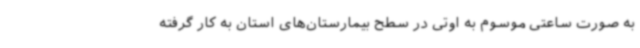
به صورت ساعتی موسوم به اوتی در سطح بیمارستان‌های استان به کار گرفته‌